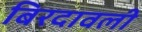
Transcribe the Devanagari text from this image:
बिरदावली